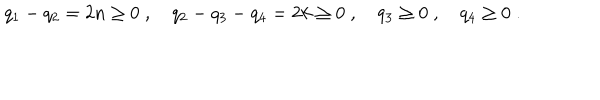
q _ { 1 } - q _ { 2 } = 2 n \geq 0 \; , \quad q _ { 2 } - q _ { 3 } - q _ { 4 } = 2 k \geq 0 \; , \quad q _ { 3 } \geq 0 \; , \quad q _ { 4 } \geq 0 \; .